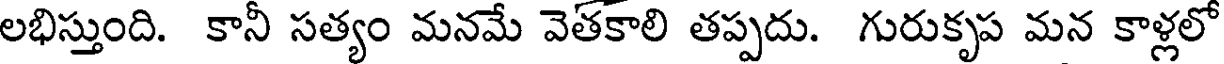
లభిస్తుంది. కానీ సత్యం మనమే వెతకాలి తప్పదు. గురుకృప మన కాళ్లలో